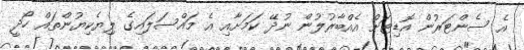
އެ ސެންޓަރުން އޮޑިޓަށް އެއްބާރުލުން ނުދޭ ކަމަށާއި އެ މައްސަލައިގެ ލިޔެކިޔުންތައް ހޯދީ